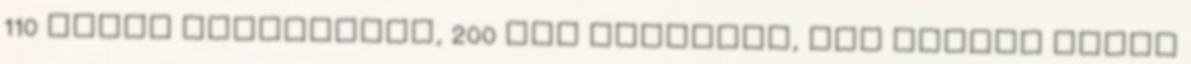
110 liter percenként, 200 bar nyomáson, ami minden olyan